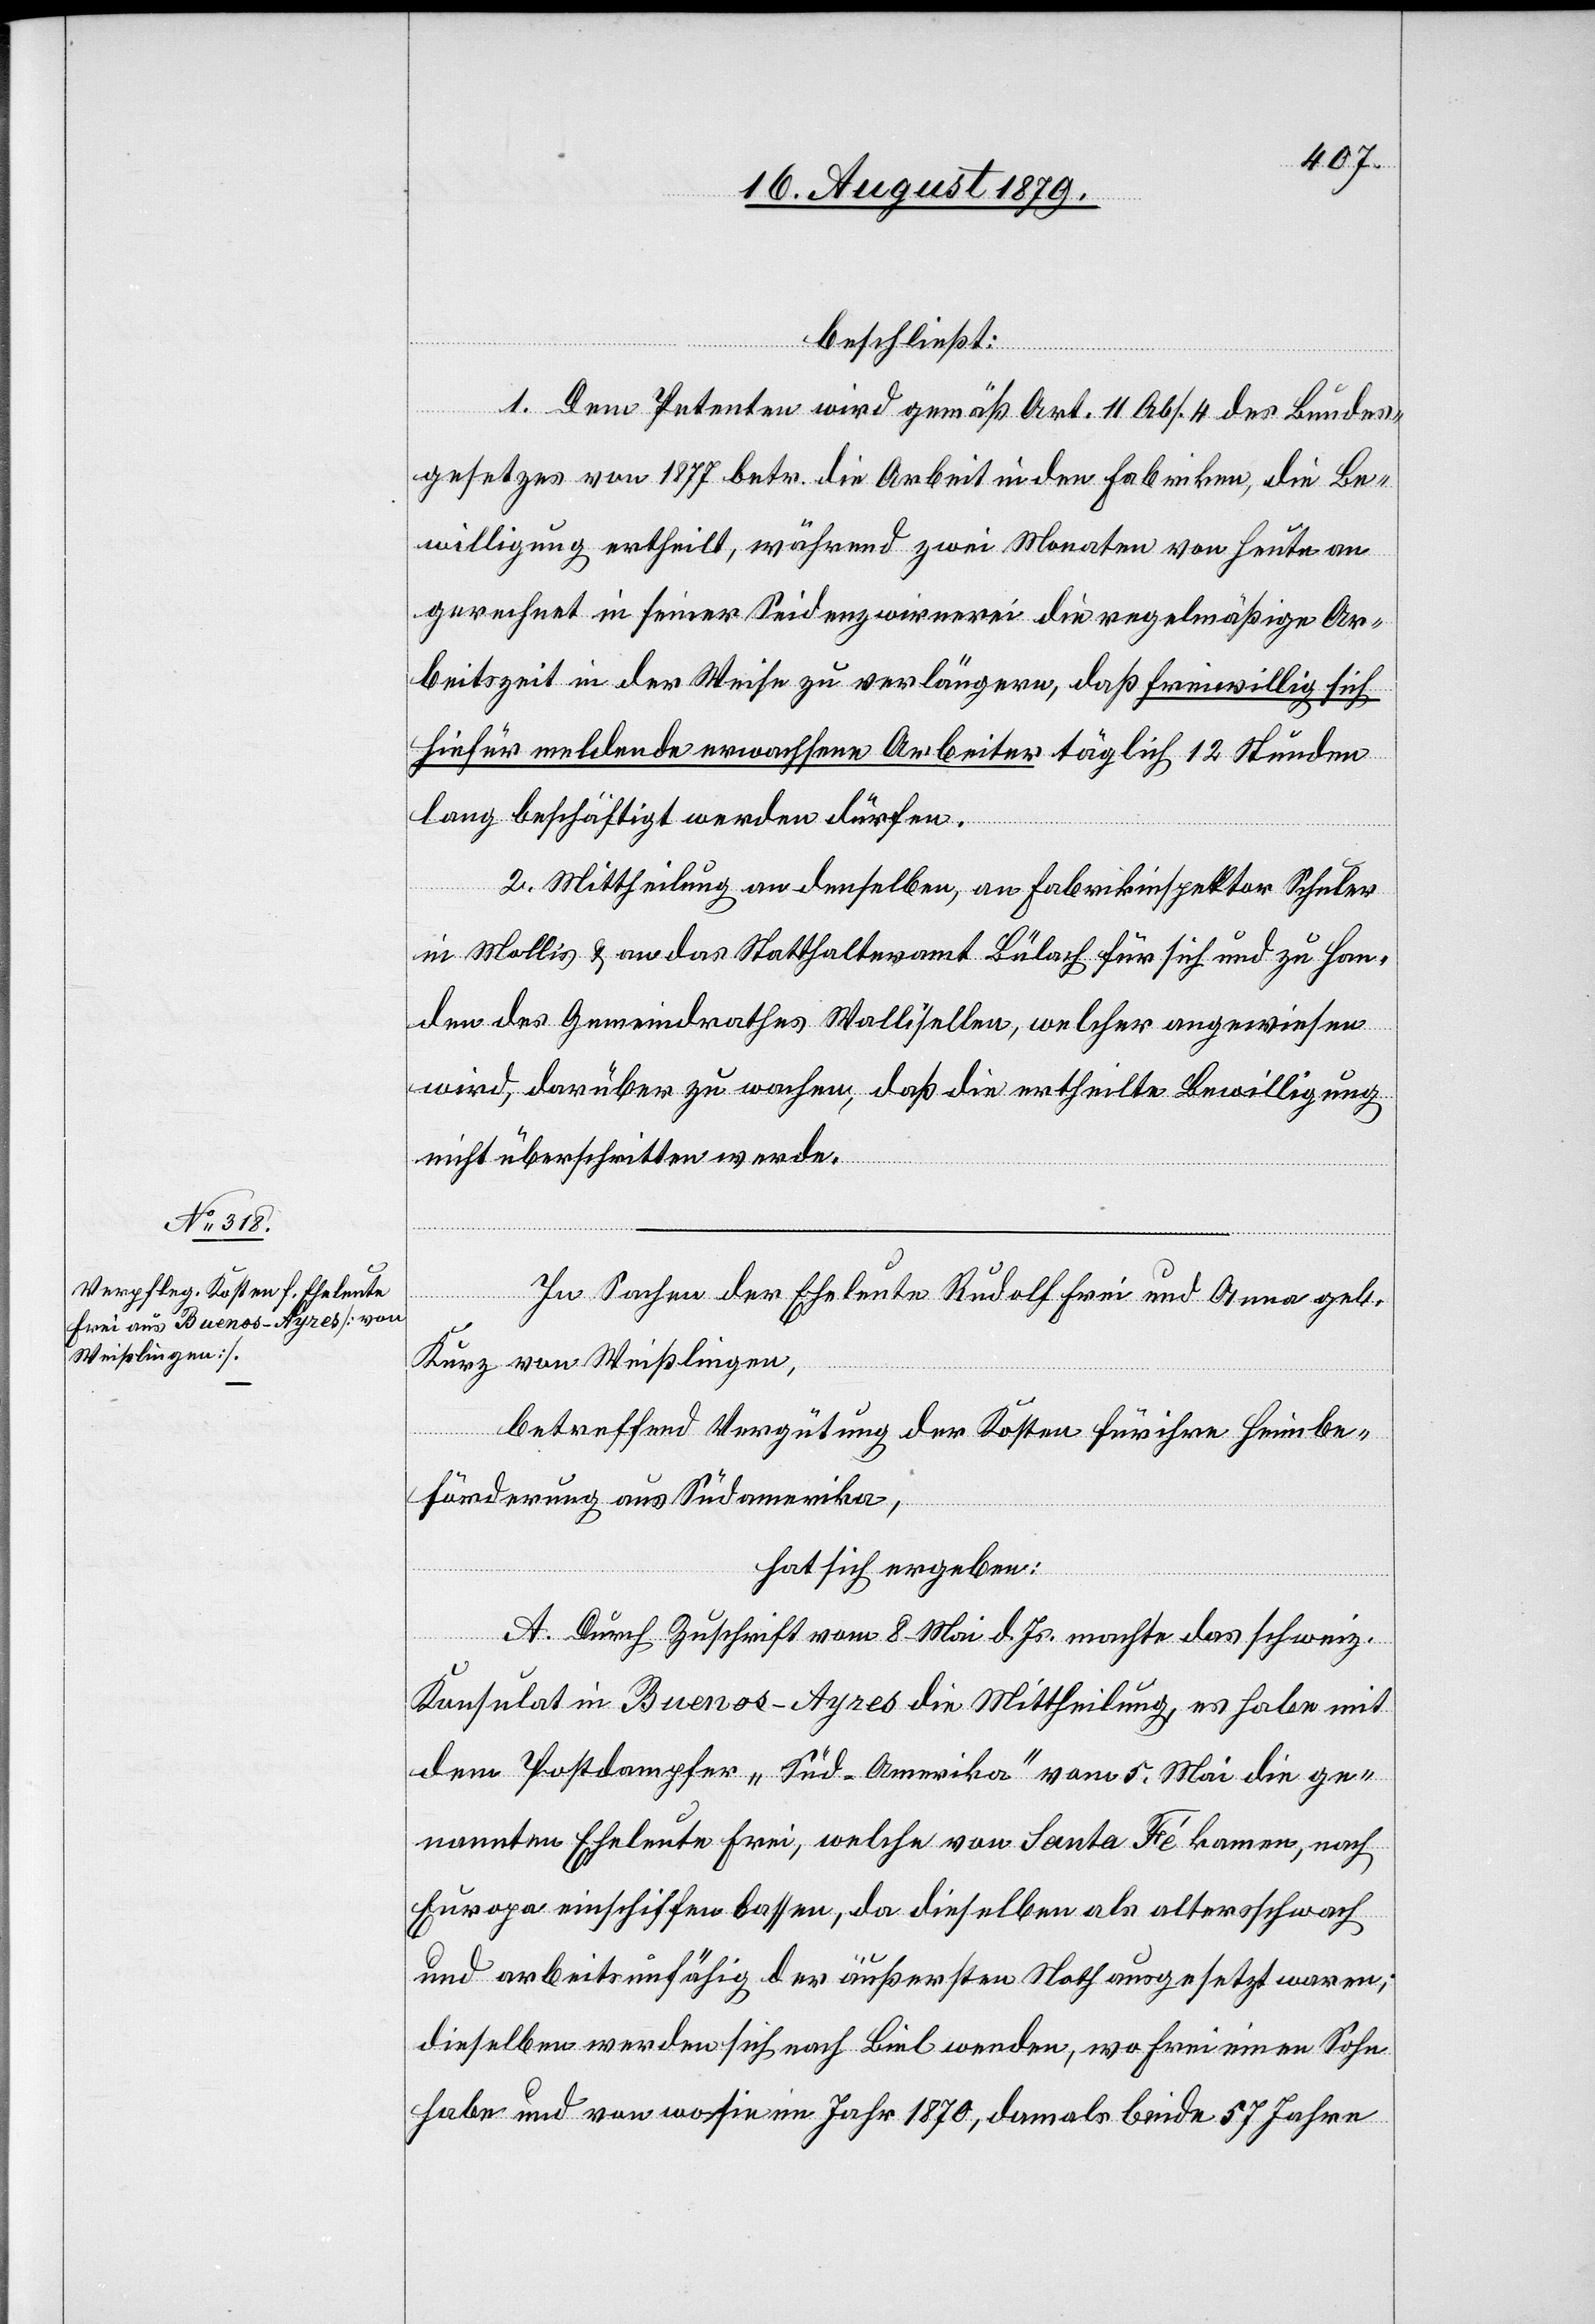
beschließt:
1. Dem Petenten wird gemäß Art. 11 Abs. 4 des Bundes¬
gesetzes von 1877 betr. die Arbeit in den Fabriken, die Be¬
willigung ertheilt, während zwei Monaten von heute an
gerechnet in seiner Seidenzwirnerei die regelmäßige Ar¬
beitszeit in der Weise zu verlängern, daß freiwillig sich
hiefür meldende erwachsene Arbeiter täglich 12 Stunden
lang beschäftigt werden dürfen.
2. Mittheilung an denselben, an Fabrikinspektor Schuler
in Mollis & an das Statthalteramt Bülach für sich und zu Han¬
den des Gemeindrathes Wallisellen, welcher angewiesen
wird, darüber zu wachen, daß die ertheilte Bewilligung
nicht überschritten werden.
In Sachen der Eheleute Rudolf Frei und Anna geb.
Kurz von Weißlingen,
betreffend Vergütung der Kosten für ihre Heimbe¬
förderung aus Südamerika,
hat sich ergeben:
A. Durch Zuschrift vom 8. Mai d. Js. machte das schweiz.
Konsulat in Buenos-Ayres die Mittheilung, es habe mit
dem Postdampfer „Süd-Amerika“ vom 5. Mai die ge¬
nannten Eheleute Frei, welche von Santa Fé kamen, nach
Europa einschiffen lassen, da dieselben als altersschwach
und arbeitsunfähig der äußersten Noth ausgesetzt waren;
dieselben werden sich nach Biel wenden, wo Frei einen Sohn
habe und von wo sie im Jahr 1870, damals beide 57 Jahre